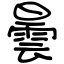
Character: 曇